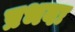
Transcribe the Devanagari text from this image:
प्रभवः